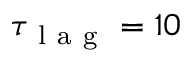
\tau _ { \mathrm { ~ l ~ a ~ g ~ } } = 1 0